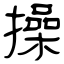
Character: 操